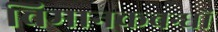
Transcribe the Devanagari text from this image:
विमानकबन्धों